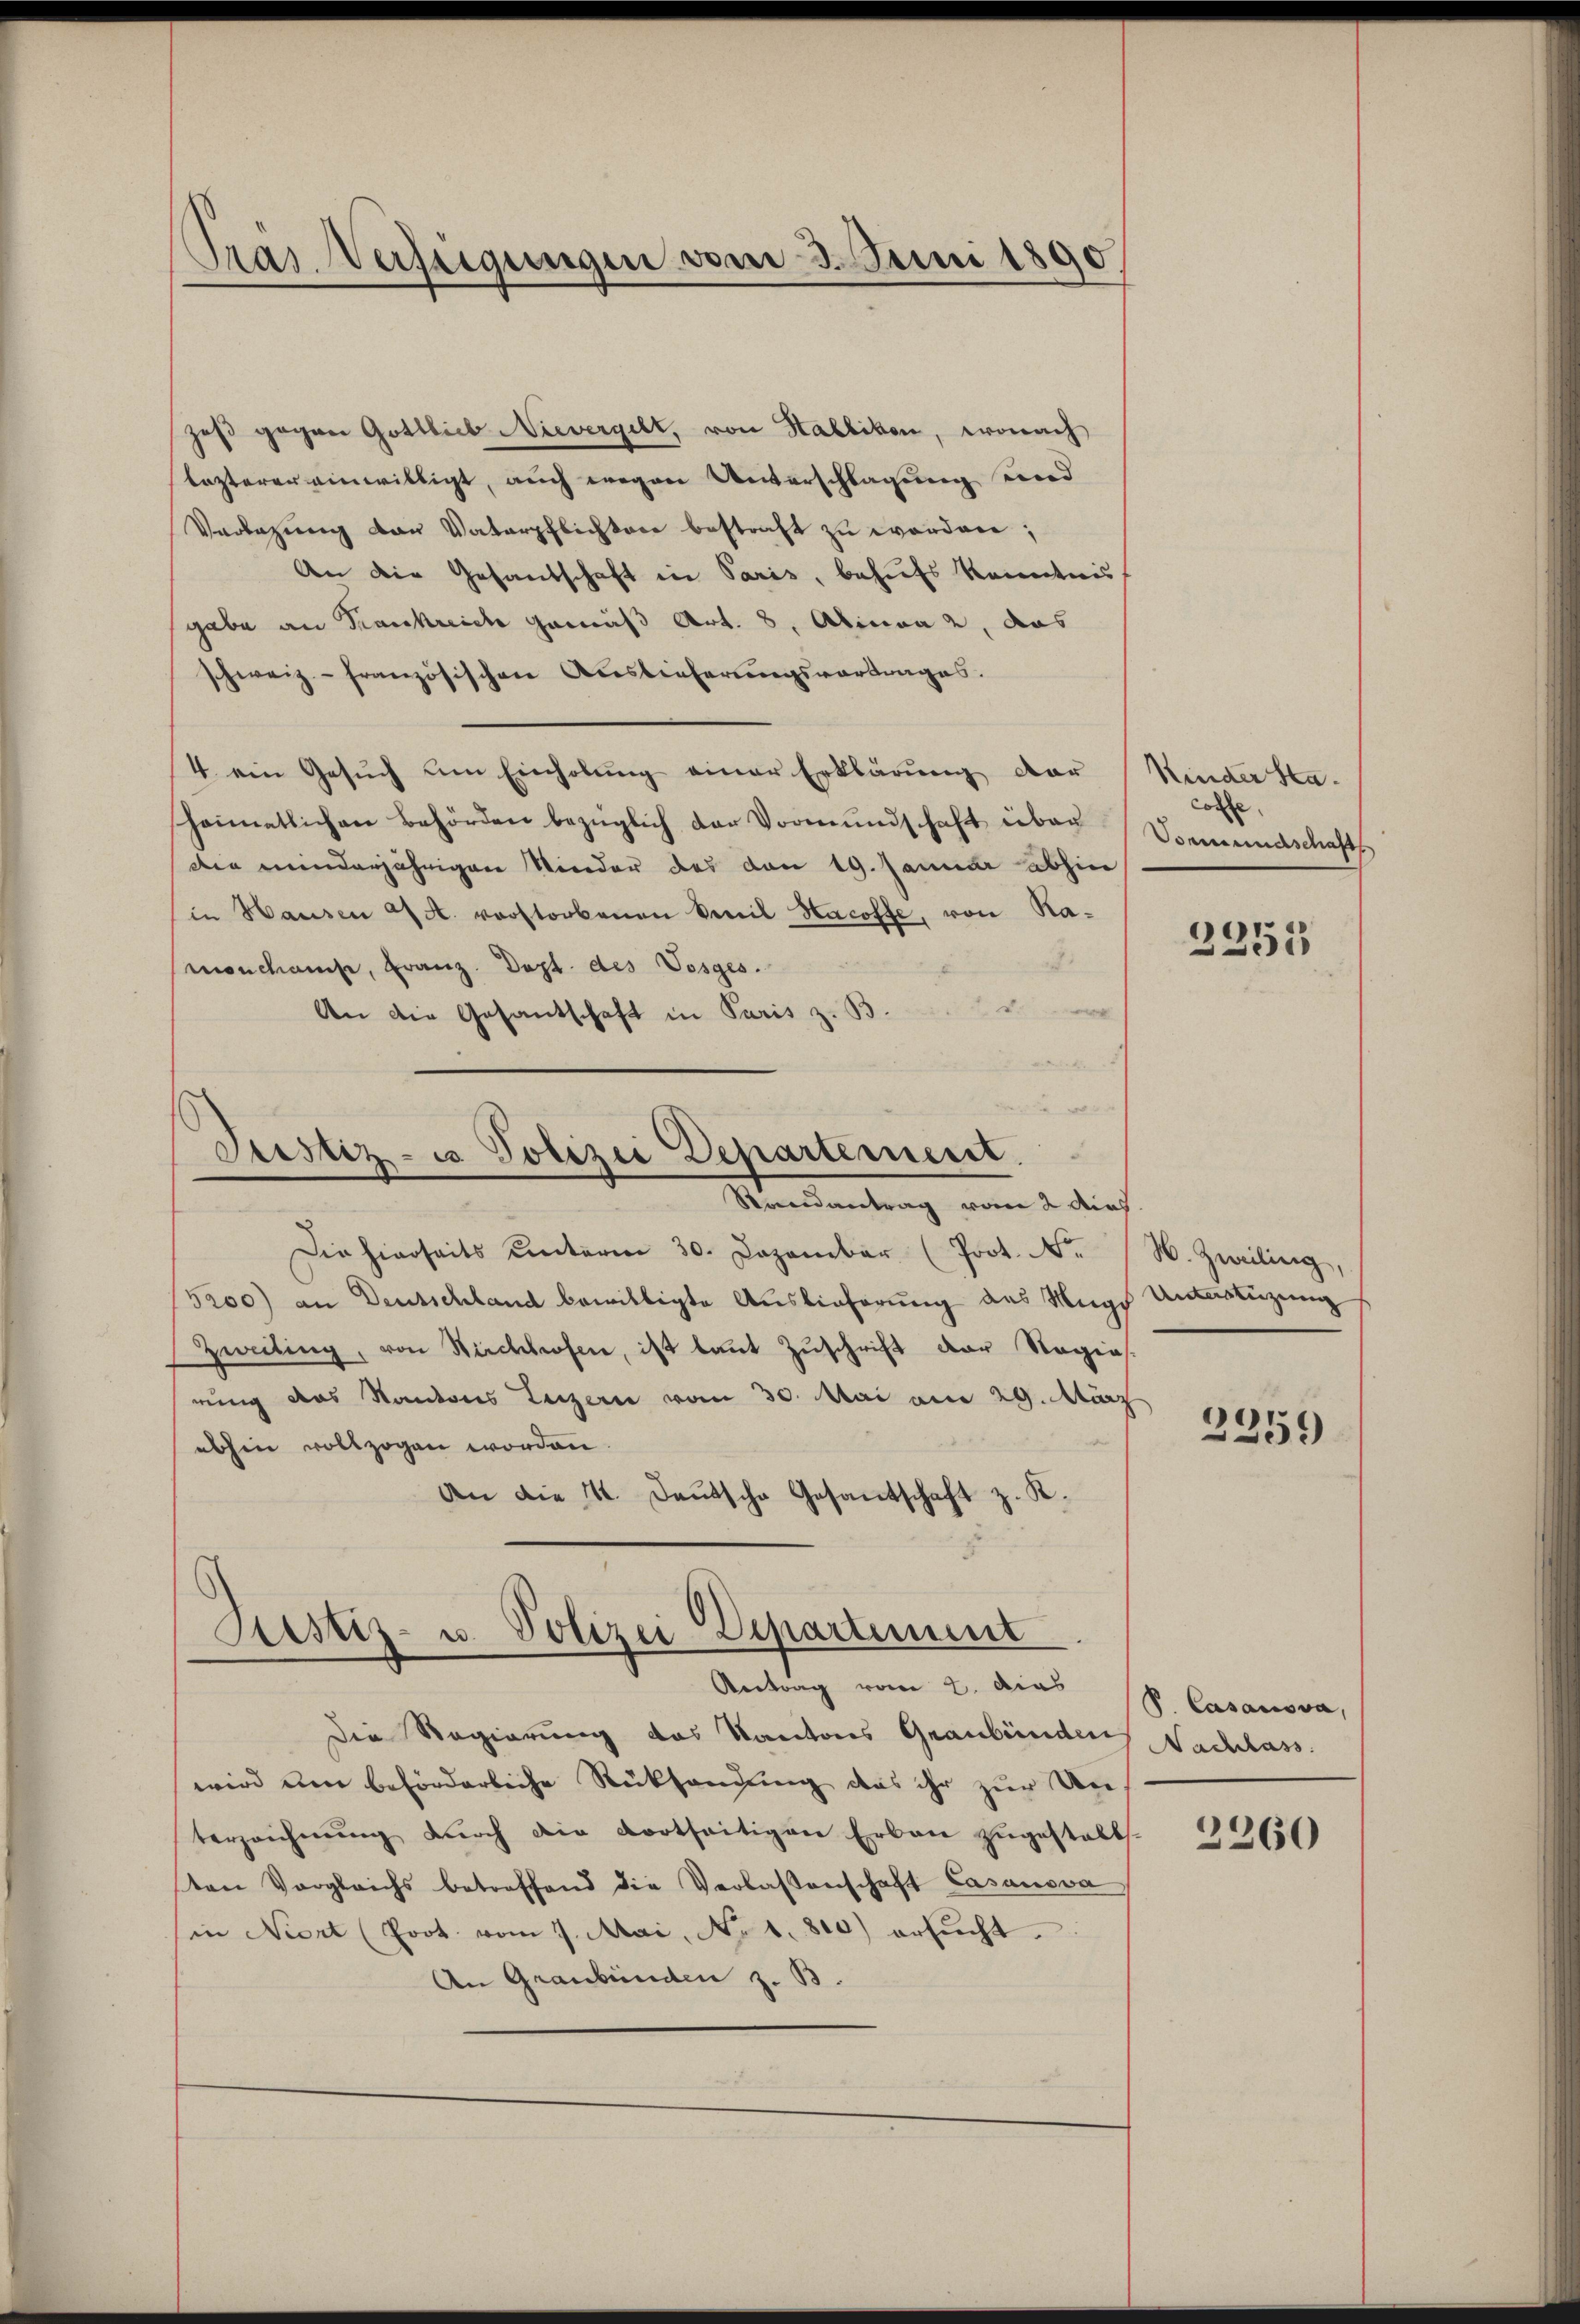
Tras. Verfügungen vom 3. Juni 1890

zeß gegen Gottlieb Nievergelt, von Hallikon, wonach
lezterer einwilligt, auch wegen Unterschlagung und
Verlegung von Vaterpflichtere bestraft zu worden;
An die Gesandschaft in Paris, behufs kanntnis
gabe an Krankreich gemäß Art. 8, Alinea 2, das
schweiz französischen Auslieferungsvortrages.
4. ein Gesuch um Einholung einer Erklärung der
heimatlichen Behörden bezüglich der Vormundschaft über
die minderjährigen Nieder des von 19. Januar abhin
in Hausen A. verstorbenen Emil Hacoffe, von Ramonchanse, Franz. Dept. des Vosges.
D.
An die Gesantschaft in Paris z. B.
Justiz- u Polizei Departement.
Randantrag vom 2 dies
Die hierseits unterm 30. Dezember (Prot. Nr.
5200) an Deutschland bewilligte Auslieferung des Wege Unterstüzung
Zweiting, von Kirchhofen, ist laŭt Zŭschrift der Regias.
rung das Kantons Luzern vom 30. Mai am 29. März
abhin vollzogen worden.
An die 4. Deutsche Gesantschaft z. K.

Justiz- u. Polizei Departement
Antrag vom 2. das P. Casanova,

Kinder Stacolle
Formundschafts

Die Regierung des Kantons Graubünden Nachlass
wird um beförderliche Rücksendung das ihr zur Unterzeichnŭng dŭrch die dortseitigen Erbau zugestalts-
ton Vergleichs betreffend die Verlassenschaft Casanova
in Niert (Poot vom 7. Mai, No 1. 810) ersŭcht.
An Graubünden z. B.

2251

W. Zweiling,
¬

2359

2360